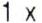
1 X